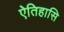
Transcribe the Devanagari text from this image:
ऐतिहासि